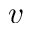
v